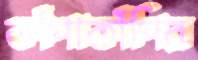
কাঁপাকাঁপির